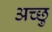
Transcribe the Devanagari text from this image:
अच्छु